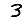
Digit: 3